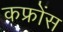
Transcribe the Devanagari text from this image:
कफ्रोंस